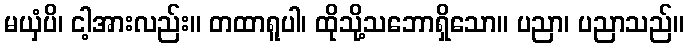
မယှံပိ၊ ငါ့အားလည်း။ တထာရူပါ၊ ထိုသို့သဘောရှိသော။ ပညာ၊ ပညာသည်။